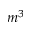
m ^ { 3 }